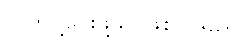
လိုက်ပို့ပေးဖို့သာဖြစ်ပါသည်။